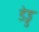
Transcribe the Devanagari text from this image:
डेड्ड